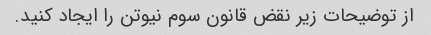
از توضیحات زیر نقض قانون سوم نیوتن را ایجاد کنید.